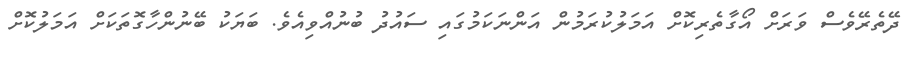
ދޭތެރޭވެސް ވަރަށް އޯގާތެރިކޮށް އަމަލުކުރަމުން އަންނަކަމުގައި ސައުދު ބުނުއްވިއެވެ. ބަޔަކު ބޭނުންހާގޮތަކަށް އަމަލުކޮށް